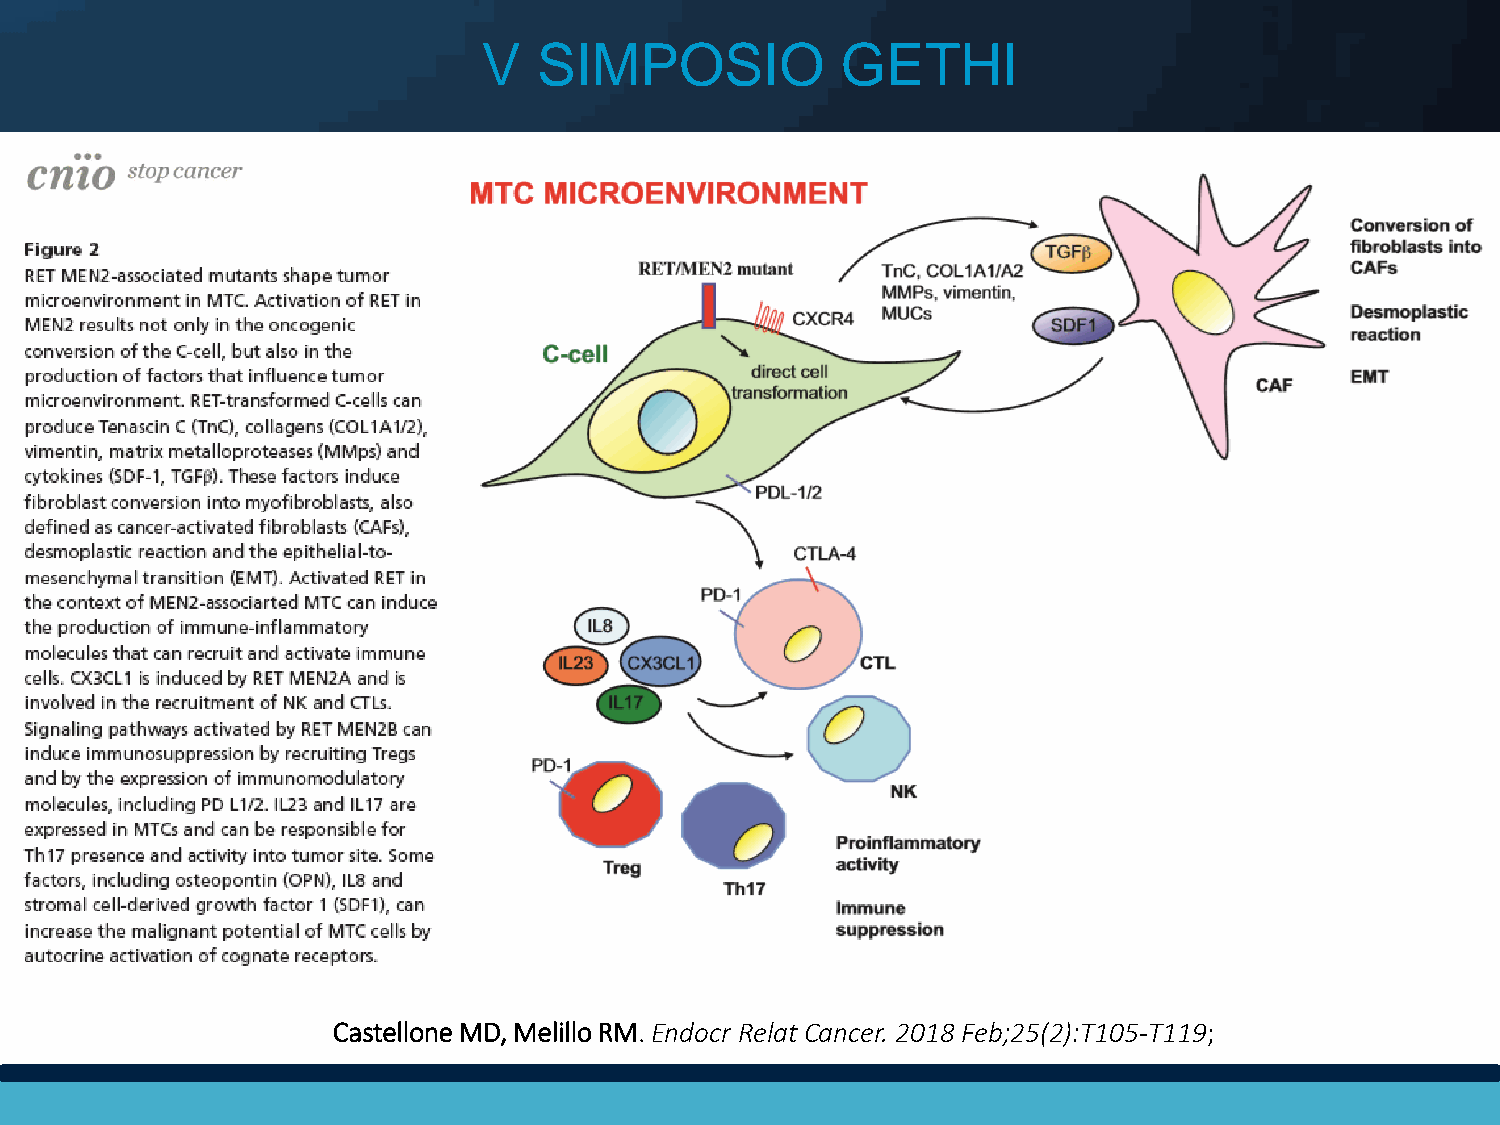
V   SIMPOSIO            GETHI
 Castellone MD, Melillo RM. Endocr Relat Cancer. 2018 Feb;25(2):T105-T119;